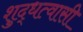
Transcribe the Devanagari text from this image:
शुद्धत्वासी